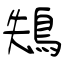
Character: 鴩